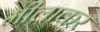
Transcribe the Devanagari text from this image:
मीलाकर